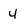
Character: 4